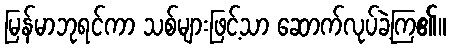
မြန်မာဘုရင်ကာ သစ်များဖြင့်သာ ဆောက်လုပ်ခဲ့ကြ၏။